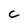
Character: c